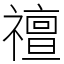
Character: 䄠